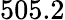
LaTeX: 505.2